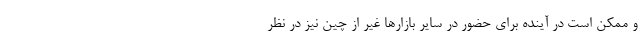
و ممکن است در آینده برای حضور در سایر بازارها غیر از چین نیز در نظر